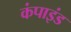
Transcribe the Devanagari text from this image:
कंपाइंड